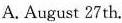
A. August 27th.